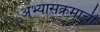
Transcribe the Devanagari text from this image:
अभ्‍यासक्रमाची